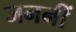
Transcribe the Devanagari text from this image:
जननीं